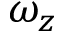
\omega _ { z }